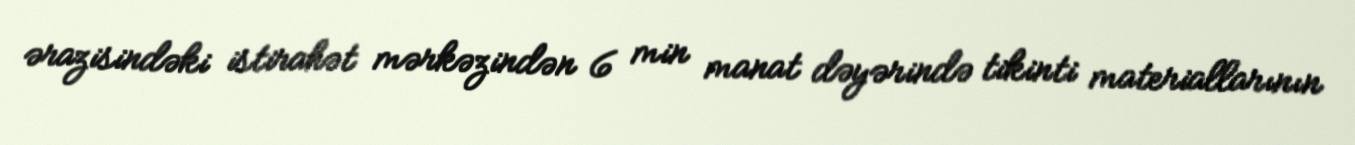
ərazisindəki istirahət mərkəzindən 6 min manat dəyərində tikinti materiallarının